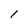
Character: l